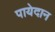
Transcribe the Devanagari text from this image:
पायेदान